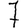
Digit: 7